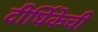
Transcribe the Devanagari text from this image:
दीर्घिकेची